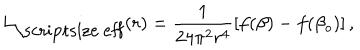
L _ { \mathrm { \scriptsize ~ e f f } } ( r ) = \frac { 1 } { 2 4 \pi ^ { 2 } r ^ { 4 } } \left[ f ( \beta ) - f ( \beta _ { o } ) \right] ,